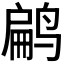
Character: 𬸜